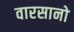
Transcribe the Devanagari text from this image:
वारसानो